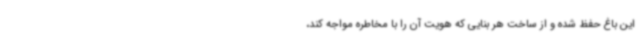
این باغ حفظ شده و از ساخت هر بنایی که هویت آن را با مخاطره مواجه کند،